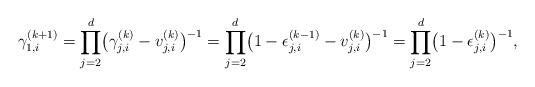
LaTeX: \begin{align*}\gamma_{1,i}^{(k+1)} = \prod_{j=2}^d \bigl( \gamma_{j,i}^{(k)} - v_{j,i}^{(k)} \bigr)^{-1} = \prod_{j=2}^d \bigl(1 - \epsilon_{j,i}^{(k-1)} - v_{j,i}^{(k)} \bigr)^{-1}= \prod_{j=2}^d \bigl(1 - \epsilon_{j,i}^{(k)} \bigr)^{-1},\end{align*}